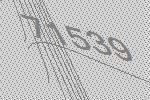
71539